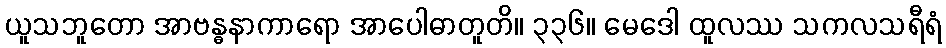
ယူသဘူတော အာဗန္ဓနာကာရော အာပေါဓာတူတိ။ ၃၃၆။ မေဒေါ ထူလဿ သကလသရီရံ